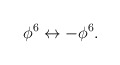
\begin{align*}\phi^6\leftrightarrow -\phi^6.\end{align*}